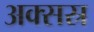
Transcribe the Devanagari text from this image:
अक्सस्र